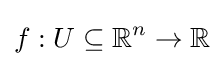
f:U\subseteq \mathbb {R} ^{n}\to \mathbb {R}